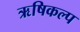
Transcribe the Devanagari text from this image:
ऋषिकल्प